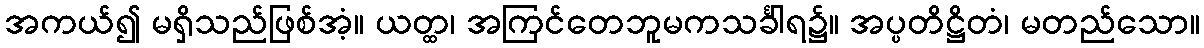
အကယ်၍ မရှိသည်ဖြစ်အံ့။ ယတ္ထ၊ အကြင်တေဘူမကသင်္ခါရ၌။ အပ္ပတိဋ္ဌိတံ၊ မတည်သော။